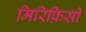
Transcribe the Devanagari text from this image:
मिरिफ़िसी